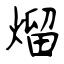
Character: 熘